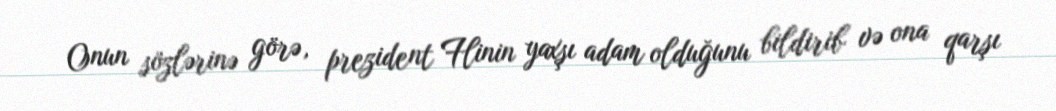
Onun sözlərinə görə, prezident Flinin yaxşı adam olduğunu bildirib və ona qarşı